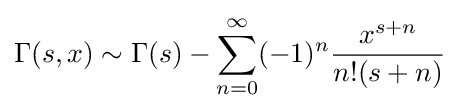
\Gamma (s,x)\sim \Gamma (s)-\sum _{n=0}^{\infty }(-1)^{n}{\frac {x^{s+n}}{n!(s+n)}}